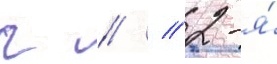
г // / 2-я́